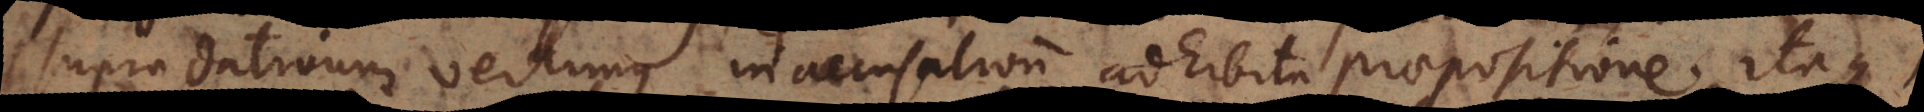
supra dativum vertimus in accusativum adhibita praepositione. Itaq